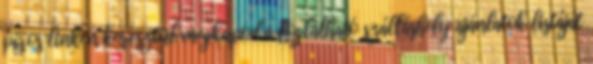
piros linken keresztül megkapod a foglalható szálláshely ajánlatok listáját